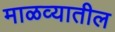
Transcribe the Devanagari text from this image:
माळव्यातील